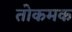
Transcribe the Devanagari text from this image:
तोकमक